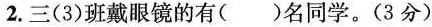
2.三(3)班戴眼镜的有()名同学。(3分)